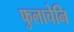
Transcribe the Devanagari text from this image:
फुलाचेनि